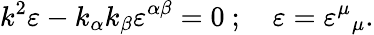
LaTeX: k^{2}\varepsilon-k_{\alpha}k_{\beta}\varepsilon^{\alpha\beta}=0~;~~~~\varepsilon={\varepsilon^{\mu}}_{\mu}.